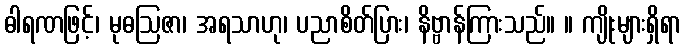
ဓါရဏဖြင့်၊ မုဓဩဇာ၊ အရသာဟု၊ ပညာစိတ်ပြား၊ နိဗ္ဗာန်ကြားသည်။ ။ ကျိုးများရှိရာ